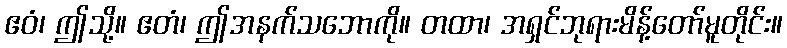
ဧဝံ၊ ဤသို့။ ဧတံ၊ ဤအနက်သဘောကို။ တထာ၊ အရှင်ဘုရားမိန့်တော်မူတိုင်း။